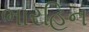
ભારહિન